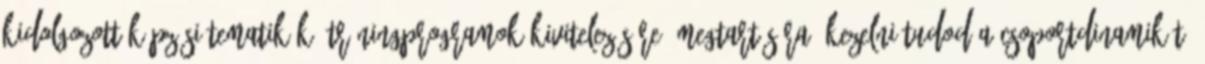
kidolgozott képzési tematikák tréningprogramok kivitelezésére, megtartására. Kezelni tudod a csoportdinamikát.